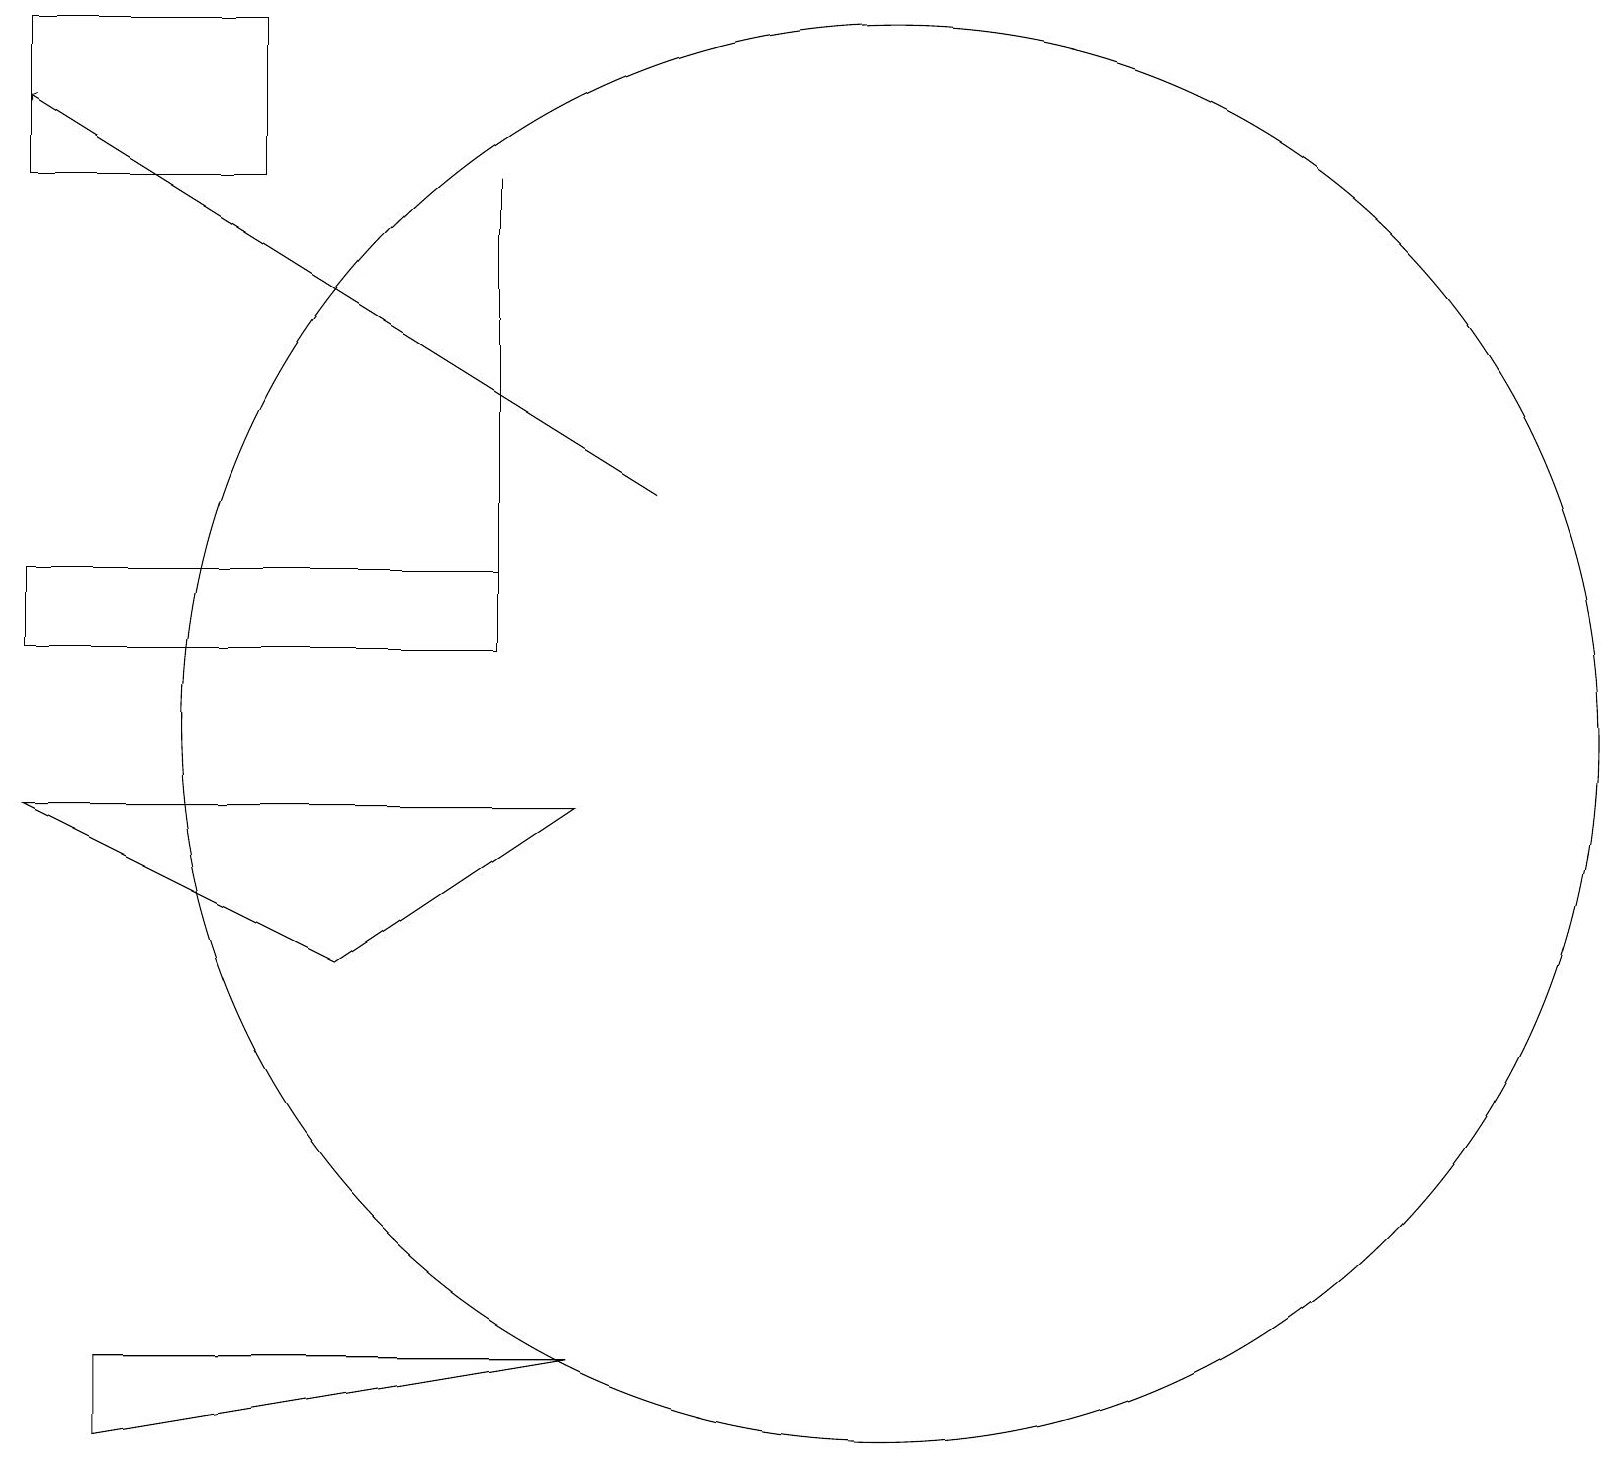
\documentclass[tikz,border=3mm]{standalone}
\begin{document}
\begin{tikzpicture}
\draw (1,11) rectangle (7,12);
\draw (5,7) -- (1,9) -- (8,9) -- cycle;
\draw (12,10) circle (9);
\draw[->] (9,13) -- (1,18);
\draw (7,17) rectangle (7,11);
\draw (4,17) rectangle (1,19);
\draw (2,1) -- (8,2) -- (2,2) -- cycle;
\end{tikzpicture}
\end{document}